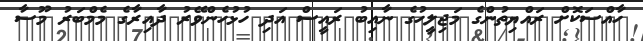
ހާއްސަކޮށް ރައްޔިތުންގެ މަޖިލީހުގެ ނާއިބު ރައީސް އަދި ހުޅުހެންވޭރު ދާއިރާގެ މެމްބަރު މޫސާ